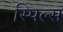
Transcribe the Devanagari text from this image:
स्पिल्स